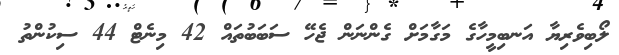
ލޯބިވެރިޔާ އަނބިމީހާގެ މަގާމަށް ގެންނަން ޖެހޭ ސަބަބުތައް 42 މިނެޓް 44 ސިކުންތު